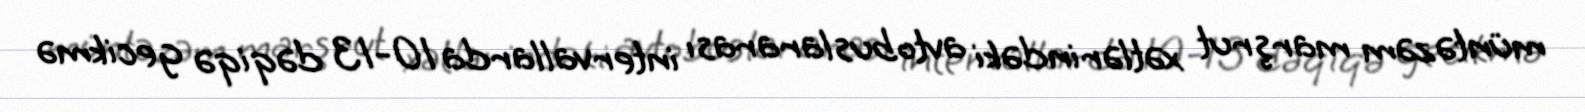
müntəzəm marşrut xətlərindəki avtobuslararası intervallarda 10-13 dəqiqə gecikmə